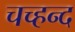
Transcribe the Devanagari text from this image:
चच्हन्द